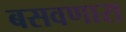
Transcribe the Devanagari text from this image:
बसवणारा